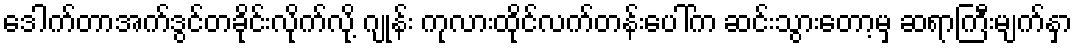
ဒေါက်တာအက်ဒွင်တခိုင်းလိုက်လို့ ဂျုန်း ကုလားထိုင်လက်တန်းပေါ်က ဆင်းသွားတော့မှ ဆရာကြီးမျက်နှာ